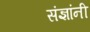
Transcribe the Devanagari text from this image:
संज्ञांनी